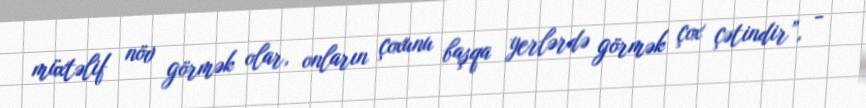
müxtəlif növ görmək olar, onların çoxunu başqa yerlərdə görmək çox çətindir”, -